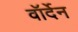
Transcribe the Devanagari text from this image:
वॉर्देन